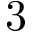
3